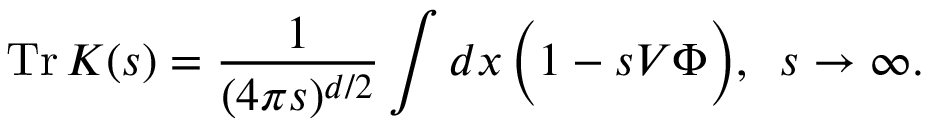
\mathrm { T r } \, K ( s ) = \frac { 1 } { ( 4 \pi s ) ^ { d / 2 } } \int d x \, \Big ( 1 - s V \Phi \Big ) , \, \, \, s \to \infty .